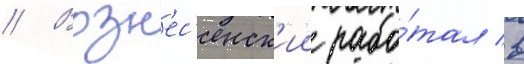
// Возн'ес'енск'ии рабо́тал в